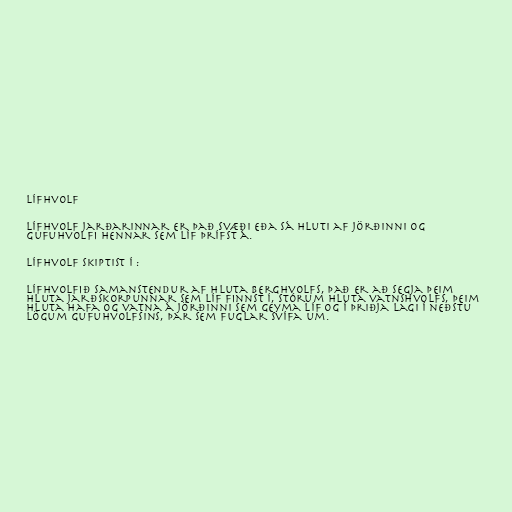
Lífhvolf

Lífhvolf jarðarinnar er það svæði eða sá hluti af jörðinni og
gufuhvolfi hennar sem líf þrífst á.

Lífhvolf skiptist í :

Lífhvolfið samanstendur af hluta berghvolfs, það er að segja þeim
hluta jarðskorpunnar sem líf finnst í, stórum hluta vatnshvolfs, þeim
hluta hafa og vatna á jörðinni sem geyma líf og í þriðja lagi í neðstu
lögum gufuhvolfsins, þar sem fuglar svífa um.